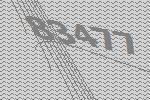
83477